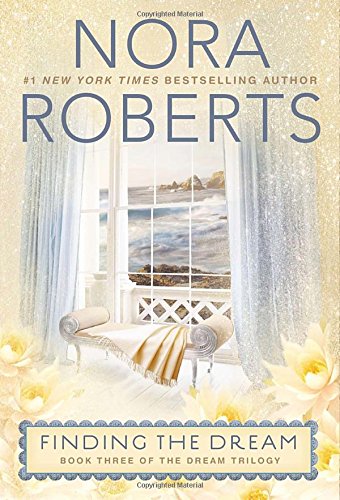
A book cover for Finding the Dream: Dream Trilogy; Nora Roberts; Literature & Fiction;